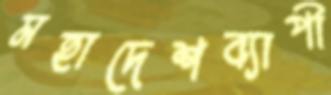
মহাদেশব্যাপী